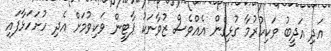
އަދި އަދީބު ވަކިކުރުމާ ގުޅިގެން އެއްވެސް ޒުވާނަކު ޕާޓީން ވަކިވުމަށް އެދި ހުށަހަޅާފައި